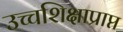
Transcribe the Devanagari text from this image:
उच्चशिक्षाप्राप्त